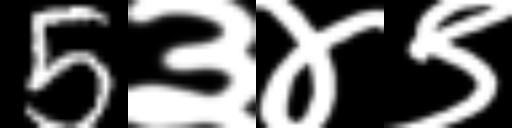
Text: 5३४९